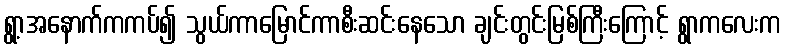
ရွာ့အနောက်ကကပ်၍ သွယ်ကာမြောင်ကာစီးဆင်းနေသော ချင်းတွင်းမြစ်ကြီးကြောင့် ရွာကလေးက